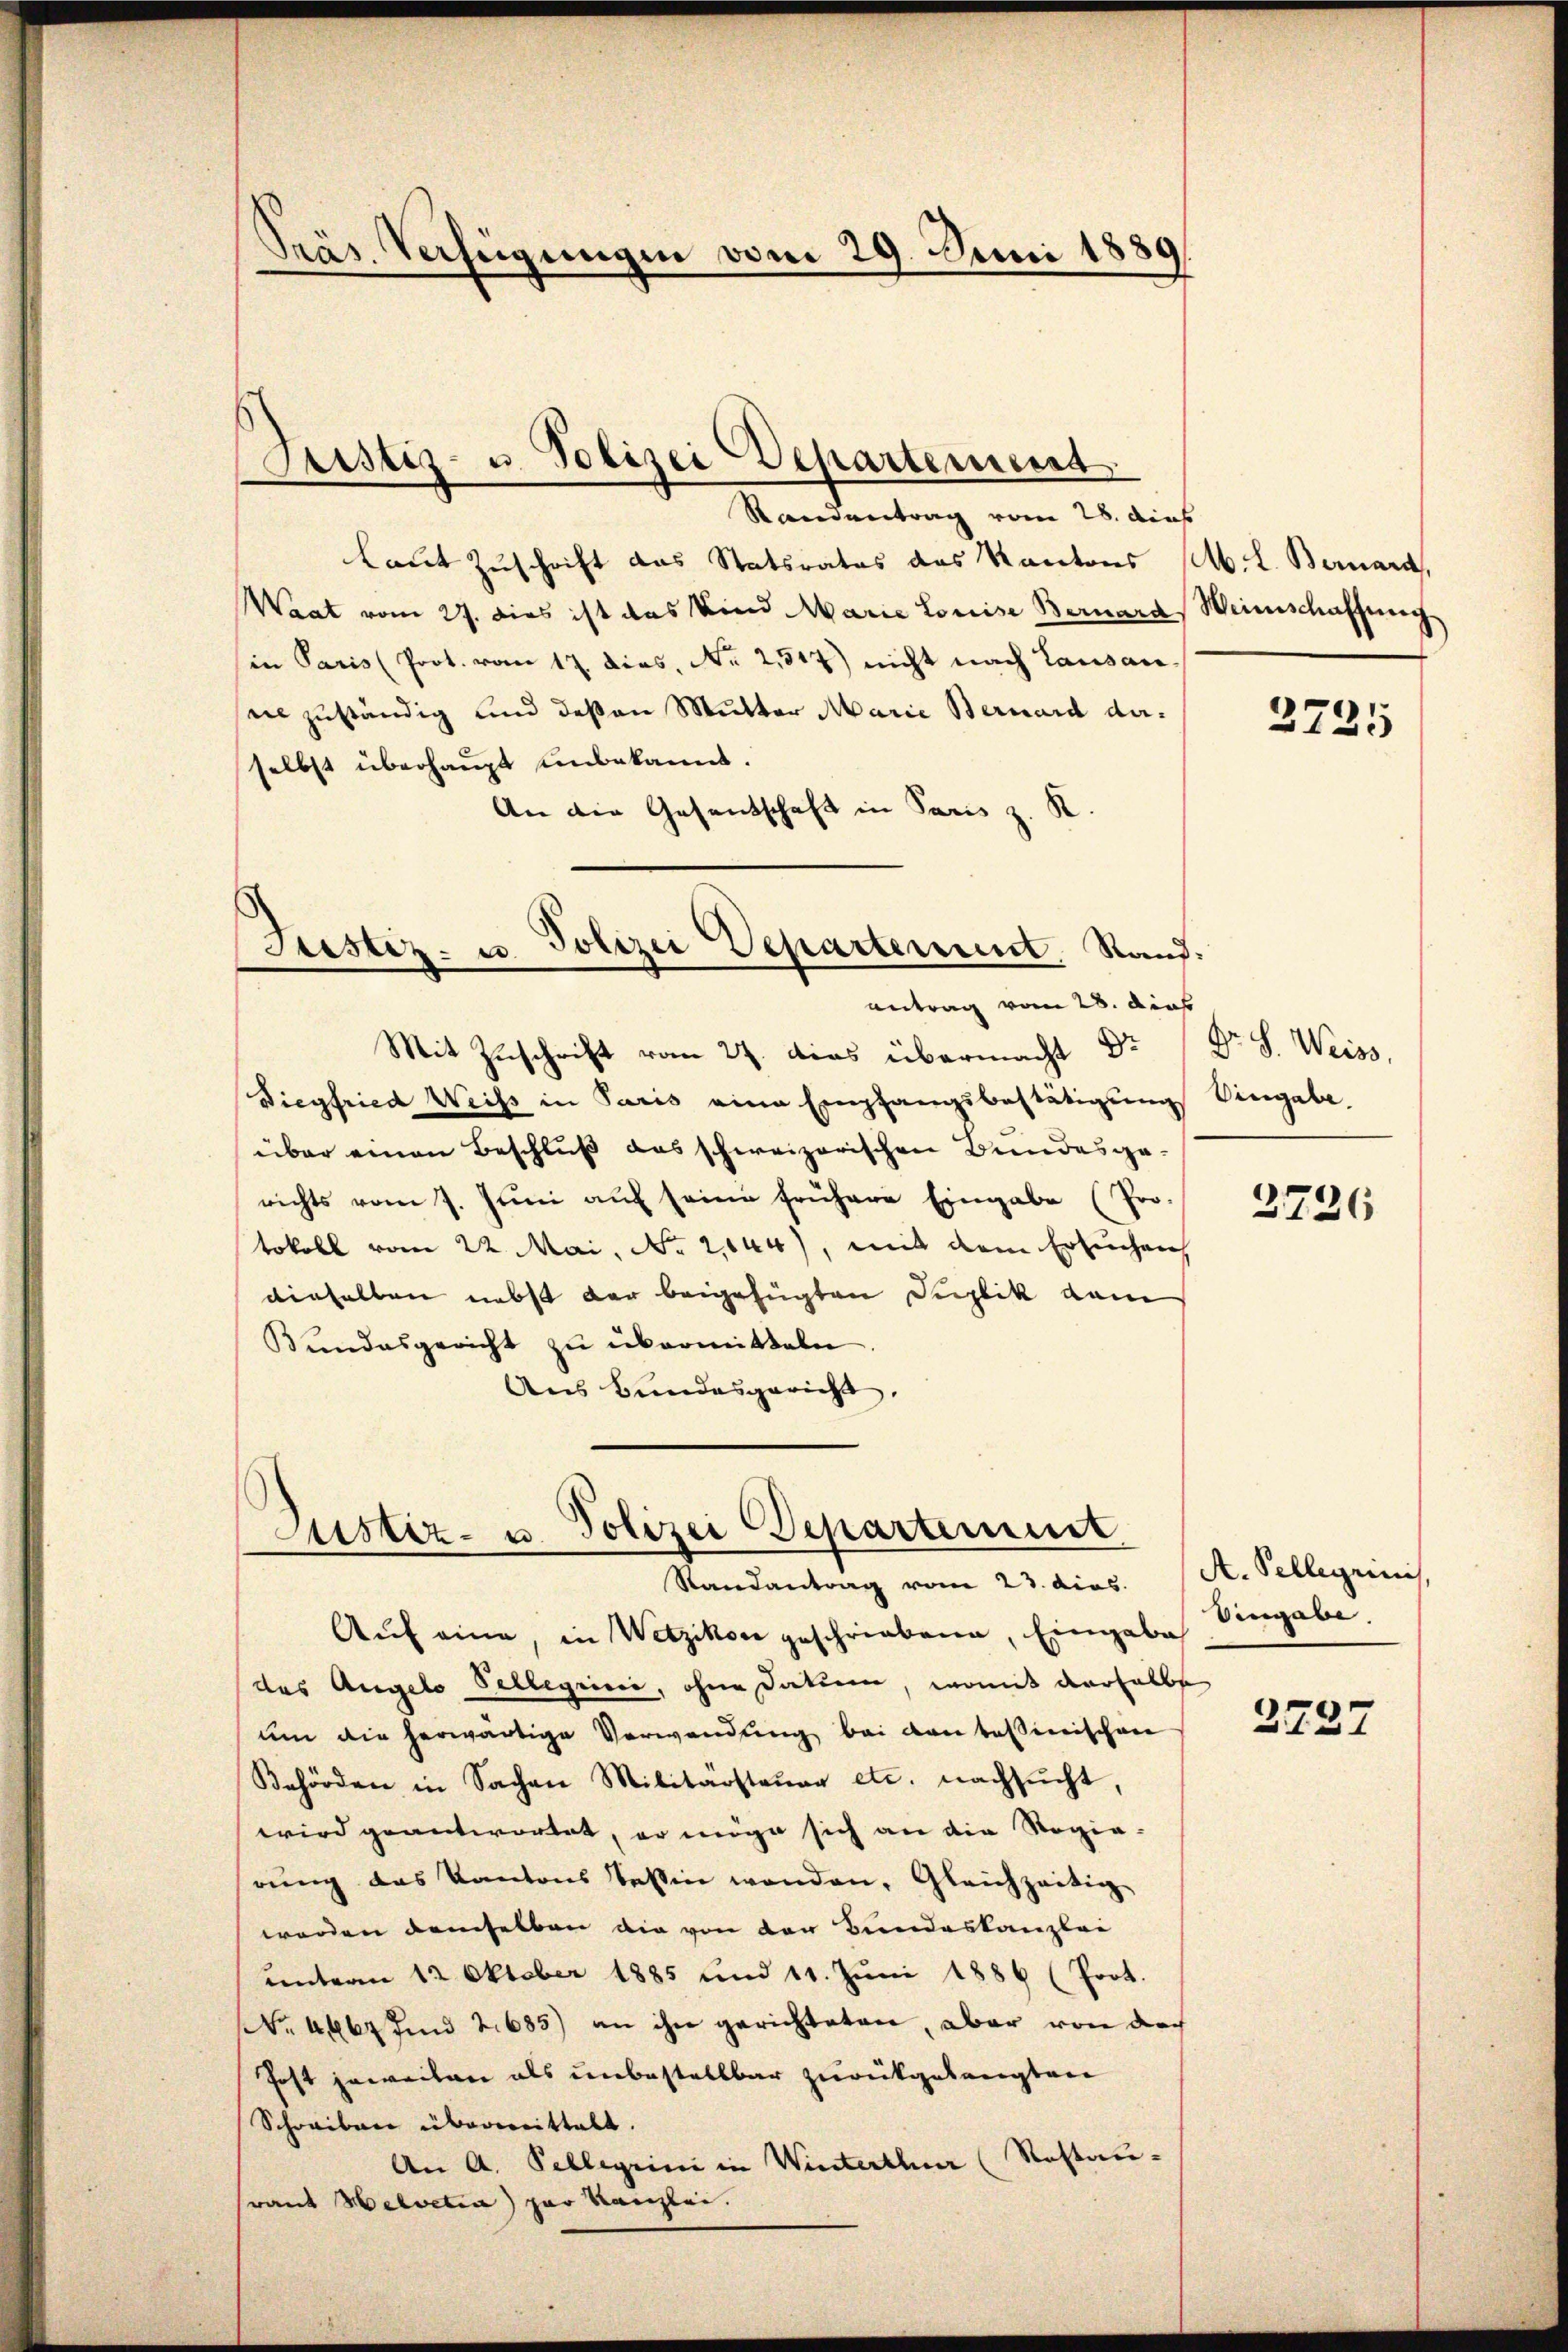
Präs. Verfügungen vom 29. Juni 1889

Standentrag vom 28. dies
Laut Zuschrift das Statsrates das Kantons M. L. Bernard,
Waat vom 27. dies ist das Kind Marie Louise Bernard Weinschaffung
in Paris (Prot. vom 17. dies, No 2,517) nicht nach Lausaninzuständig und deßen Mutter Marie Bernard derselbst überhaupt unbekannt.
An die Gesentschaft in Paris z. R.
Justiz- u. Polizei Departement. Rand:

Justiz- u. Polizei Departement

antrag vom 28. dies

Mit Zuschrift vom 27. dies übermacht Dr
Diegfried Weiss in Paris eine Empfangsbestätigung Eingabe.
über einen Beschluß das schweizerischen Bundesgerichts vom 7. Jŭni aŭf seine frühere Eingabe (Pro-
tokoll vom 22. Mai, No 2,044), mit dem Ersuchen
dieselben nebst der beigefügten Supplik dem
Bŭndesgericht zŭ übermitteln.
Aus Bundesgericht.

Justiz- u. Polizei Departement
Randantrag vom 23. dies

Aŭf eine, in Wetzikon geschriebene, Eingabe Eingabe.
des Angelo Pellegiini, ohne Datum, womit derselbe
um die herwärtige Verwendung bei den tessinischen
Behörden in Sachen Militarsteŭer etc. nachsŭcht,
wird geantwortet, er möge sich an die Regie-
rung das Kantons Tessin wenden, Gleichzeitig
worden demselben die von der Bundeskanzlei
unterm 12. Oktober 1885 und 11. Juni 1886 (Poot.
. 4667 und 2685) an ihn gerichteten, aber von doch
Post jeweilen als unbestellbar zurückgelangten
Schreiben übermittelt.
An A. Pellegiini in Winterthur (Rostaurant Helvetia) zur Kanzlei.

2725

Dr. S. Weiss,

2726

A. Pelligrini,

3737